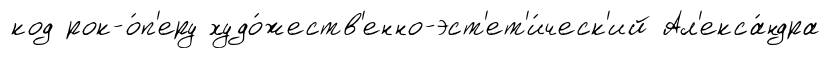
код рок-о́п'еру худо́жеств'енно-эст'ет'и́ческ'ий Ал'екса́ндра